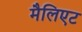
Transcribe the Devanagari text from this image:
मैलिएट